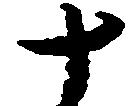
十